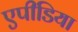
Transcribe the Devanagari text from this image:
एपीडिया